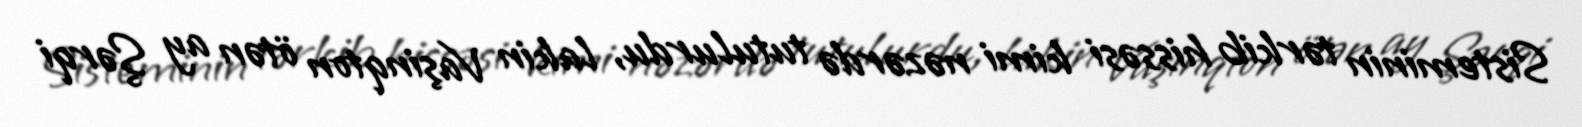
Sisteminin tərkib hissəsi kimi nəzərdə tutulurdu, lakin Vaşinqton ötən ay Şərqi